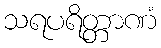
သရပရိတ္တာဏံ